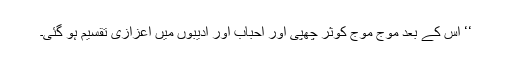
‘‘ اس کے بعد موج موج کوثر چھپی اور احباب اور ادیبوں میں اعزازی تقسیم ہو گئی۔